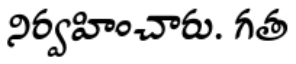
నిర్వహించారు. గత